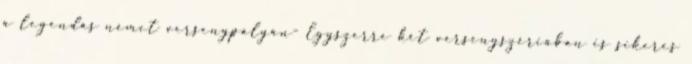
a legendás német versenypályán- Egyszerre két versenyszériában is sikeres